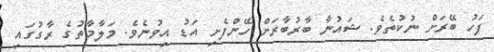
ފަހު ބޭރަށް ނުކުތެވެ. ޝައުނާ ބާރުބާރަށް ހޭންފެށި އަޑު އިވުނެވެ. މަލާމާތުގެ ރާގުގައި